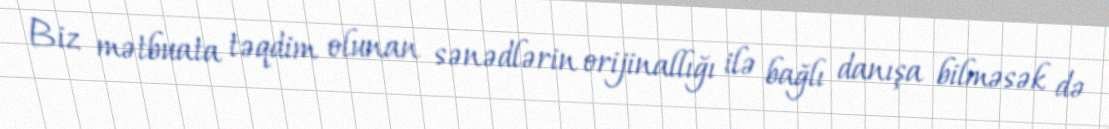
Biz mətbuata təqdim olunan sənədlərin orijinallığı ilə bağlı danışa bilməsək də